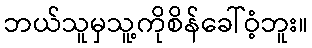
ဘယ်သူမှသူ့ကိုစိန်ခေါ်ဝံ့ဘူး။